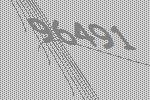
96491